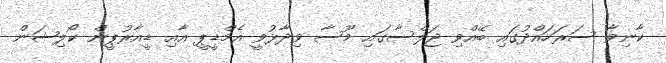
ކާނިވާ ސަރަހައްދުގައި ބޭއްވި ޖަލްސާގައި މޫސާ ވިދާޅުވީ އެމްޑީޕީ އާއި ޑީއާރުޕީން ކޯލިޝަން